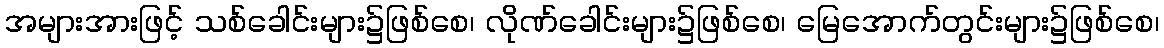
အများအားဖြင့် သစ်ခေါင်းများ၌ဖြစ်စေ၊ လိုဏ်ခေါင်းများ၌ဖြစ်စေ၊ မြေအောက်တွင်းများ၌ဖြစ်စေ၊